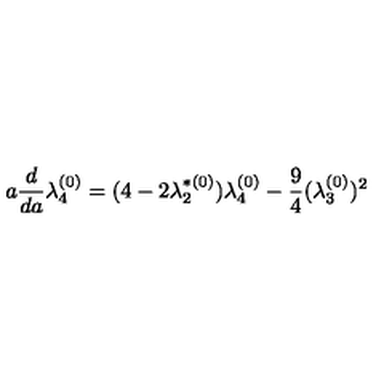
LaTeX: a \frac { d } { d a } \lambda _ { 4 } ^ { ( 0 ) } = ( 4 - 2 \lambda _ { 2 } ^ { * ( 0 ) } ) \lambda _ { 4 } ^ { ( 0 ) } - \frac { 9 } { 4 } ( \lambda _ { 3 } ^ { ( 0 ) } ) ^ { 2 }